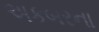
અકબરના